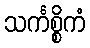
သင်္ကစ္စိကံ